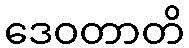
ဒေဝတာတိ